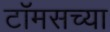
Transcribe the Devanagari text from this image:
टॉमसच्या